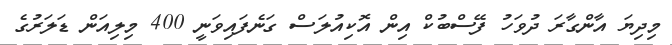
މިދިޔަ އާންގާރަ ދުވަހު ފޭސްބުކް އިން އޮކިއުލަސް ގަނެފައިވަނީ 400 މިލިއަން ޑަލަރުގެ